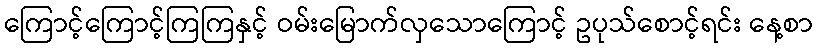
ကြောင့်ကြောင့်ကြကြနှင့် ဝမ်းမြောက်လှသောကြောင့် ဥပုသ်စောင့်ရင်း နေ့စာ